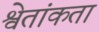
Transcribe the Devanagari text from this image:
श्वेतांकता